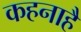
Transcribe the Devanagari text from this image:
कहनाहै